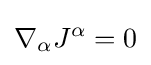
\nabla _{\alpha }J^{\alpha }=0